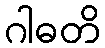
ဂါဓတိ